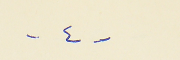
- ٤ -